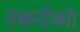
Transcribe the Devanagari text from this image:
तकनीकों।